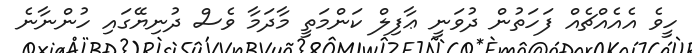
ހީވެ އެއެއްޗެއް ފަހަތުން ދުވަނީ ޢާފިލް ކަންމަތީ މާދަމާ ވެސް ދުނިޔޭގައި ހުންނާނެ